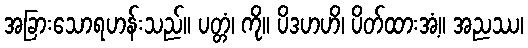
အခြားသောရဟန်းသည်။ ပတ္တံ၊ ကို။ ပိဒဟဟိ၊ ပိတ်ထားအံ့။ အညဿ၊